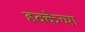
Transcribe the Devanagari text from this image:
हक्केच्या